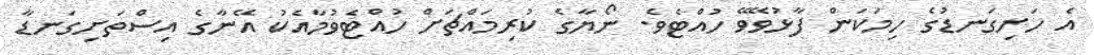
އެ ހަށިގަނޑުގެ ހިމަކަން ފާޅުވޭވޭ ހުއްޓެވެ. ނޯޔާގެ ކުރިމައްޗަށް ހުއްޓެވުމާއެކު އޭނާގެ އިސްތަށިގަނޑާ